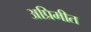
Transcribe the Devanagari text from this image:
अप्रिमीत